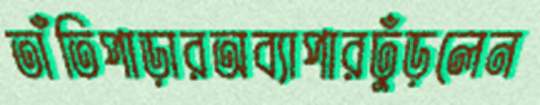
তাঁতিপাড়ারঅব্যাপারঢুঁড়লেন